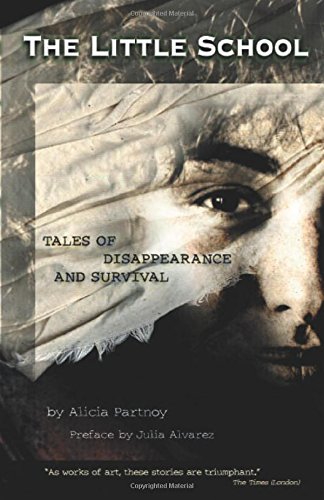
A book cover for The Little School: Tales of Disappearance and Survival; Alicia Partnoy; Law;